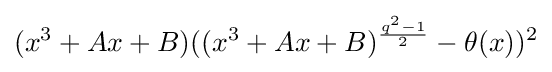
(x^{3}+Ax+B)((x^{3}+Ax+B)^{\frac {q^{2}-1}{2}}-\theta (x))^{2}